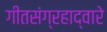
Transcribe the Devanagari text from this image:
गीतसंग्रहाद्वारे